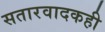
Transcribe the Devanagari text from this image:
सतारवादकही